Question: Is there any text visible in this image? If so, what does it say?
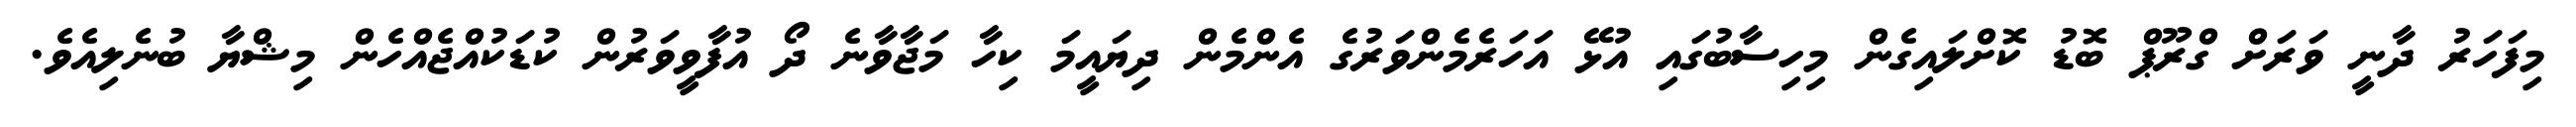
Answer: މިފަހަރު ދާނީ ވަރަށް ގްރޫޕް ބޮޑު ކޮށްލައިގެން މިހިސާބުގައި އުޅޭ އަހަރެމެންވަރުގެ އެންމެން ދިޔައީމަ ކިހާ މަޖާވާނެ ދޯ އުފާވީވަރުން ކުޑަކުއްޖެއްހެން މިޝްޔާ ބުނެލިއެވެ.